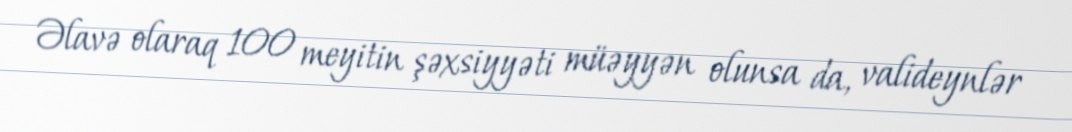
Əlavə olaraq 100 meyitin şəxsiyyəti müəyyən olunsa da, valideynlər